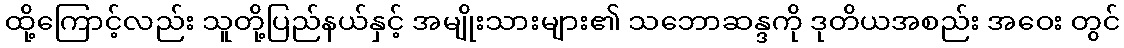
ထို့ကြောင့်လည်း သူတို့ပြည်နယ်နှင့် အမျိုးသားများ၏ သဘောဆန္ဒကို ဒုတိယအစည်း အဝေး တွင်